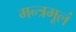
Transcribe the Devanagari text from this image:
मन्त्रमूलं